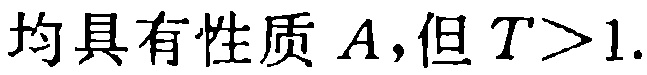
均具有性质 \(A\)，但 \(T>1\).